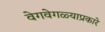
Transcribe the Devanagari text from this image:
वेगवेगळ्याप्रकारे